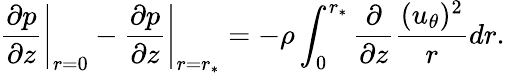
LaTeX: \left.{\frac{\partial p}{\partial z}}\right|_{r=0}-\left.{\frac{\partial p}{\partial z}}\right|_{r=r_{\ast}}=-\rho\int_{0}^{r_{\ast}}\frac{\partial}{\partial z}\frac{(u_{\theta})^{2}}{r}dr.